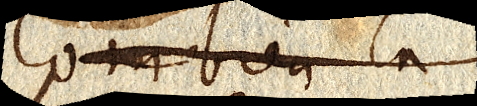
Combien la